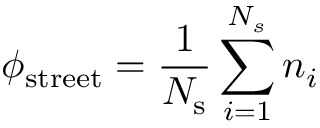
\phi _ { \mathrm { s t r e e t } } = \frac { 1 } { N _ { \mathrm { s } } } \sum _ { i = 1 } ^ { N _ { s } } n _ { i }